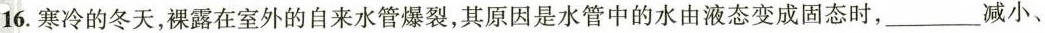
16.寒冷的冬天，裸露在室外的自来水管爆裂，其原因是水管中的水由液态变成固态时，___减小、